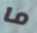
ما